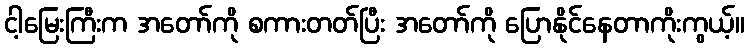
ငါ့မြေးကြီးက အတော်ကို စကားတတ်ပြီး အတော်ကို ပြောနိုင်နေတာကိုးကွယ့်။